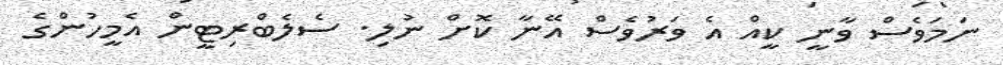
ނަމަވެސް ވާނީ ކީއް އެ ވަރުވެސް އޭނާ ކޮށް ނުލި. ސެލެބްރިޓީން އެމީހުންގެ